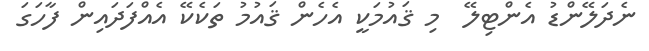
ނެދަލޭންޑު އެންޓިލޭ  މި ޤައުމަކީ އެހެން ޤައުމު ތަކެކޭ އެއްފަދައިން ފާހަގަ